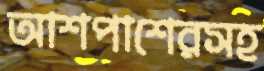
আশপাশেরসহ